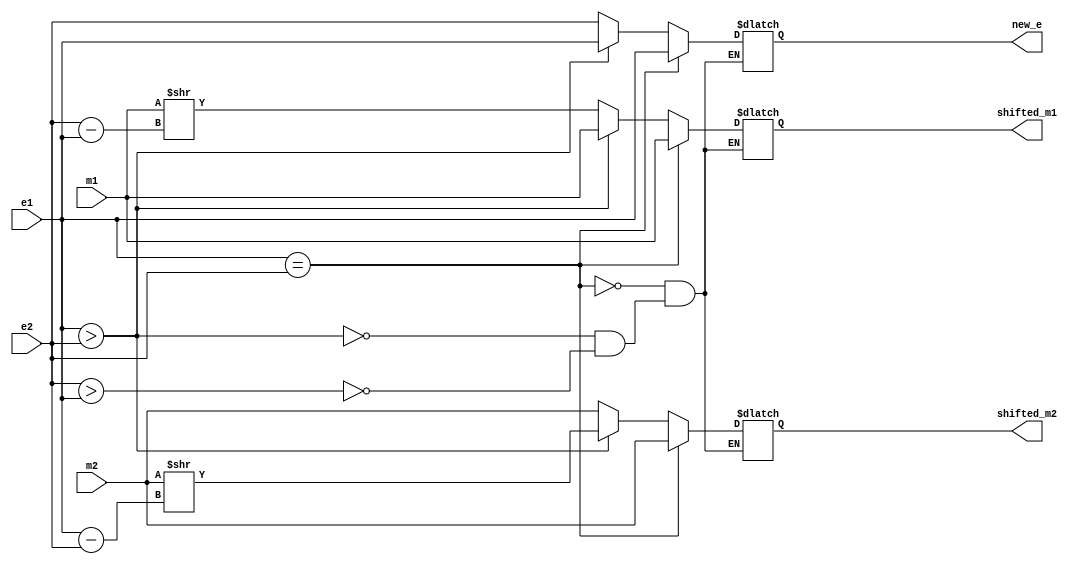
module flptadder_compare_and_shift( 
						m1, m2,
						e1, e2,
						shifted_m1, shifted_m2,
						new_e);
input [4:0] m1, m2;
input [4:0] e1, e2;
output [4:0] shifted_m1, shifted_m2;
output [4:0] new_e;

reg [4:0] reg_shifted_m1, reg_shifted_m2;
reg [4:0] reg_new_e;
reg[4:0] diff;

always @(*)
begin
		if (e1==e2)
		begin 
			reg_shifted_m1 <= m1;
			reg_shifted_m2 <= m2;
//			reg_new_e <= e1 + 1'b1; //for normalization
			reg_new_e <= e1;
		end
		
		else if (e1>e2)
		begin 
			diff = e1-e2;
			reg_shifted_m1 <= m1;
			reg_shifted_m2 <= (m2>>diff);
//			reg_new_e <= e1 + 1'b1; //for normalization
			reg_new_e <= e1;
		end

		else if (e2>e1)
		begin 
			diff = e2-e1;
			reg_shifted_m1 <= (m1>>diff);
			reg_shifted_m2 <= m2;
//			reg_new_e <= e2 + 1'b1; //for normalization
			reg_new_e <= e2;
		end
end
	assign shifted_m1 = reg_shifted_m1;
	assign shifted_m2 = reg_shifted_m2;
	assign new_e = reg_new_e;
endmodule